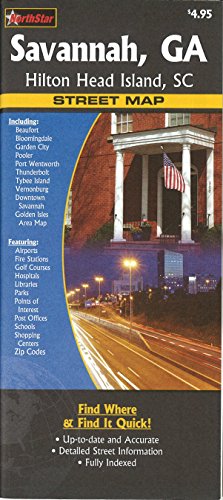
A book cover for Savannah, GA, Hilton Head Island, SC street map; The Seeger Map Company Inc.; Travel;